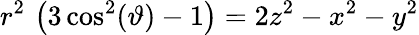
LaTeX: r^{2}\, \left(3\cos^{2}(\vartheta)-1\right)=2z^{2}-x^{2}-y^{2}